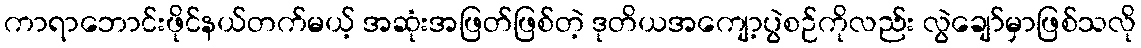
ကာရာဘောင်းဖိုင်နယ်တက်မယ့် အဆုံးအဖြတ်ဖြစ်တဲ့ ဒုတိယအကျော့ပွဲစဉ်ကိုလည်း လွဲချော်မှာဖြစ်သလို